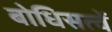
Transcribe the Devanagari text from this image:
बोधिसत्वें